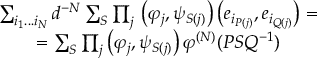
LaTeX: \begin{array} { c } { { \sum _ { i _ { 1 } . . . i _ { N } } d ^ { - N } \sum _ { S } \prod _ { j } { } \left( \varphi _ { j } , \psi _ { S ( j ) } \right) \left( e _ { i _ { P ( j ) } } , e _ { i _ { Q ( j ) } } \right) = } } \\ { { = \sum _ { S } \prod _ { j } \left( \varphi _ { j } , \psi _ { S ( j ) } \right) \varphi ^ { \left( N \right) } ( P S Q ^ { - 1 } ) } } \end{array}